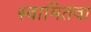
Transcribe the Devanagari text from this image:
स्वामितवा